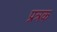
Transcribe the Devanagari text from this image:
प्रत्रक